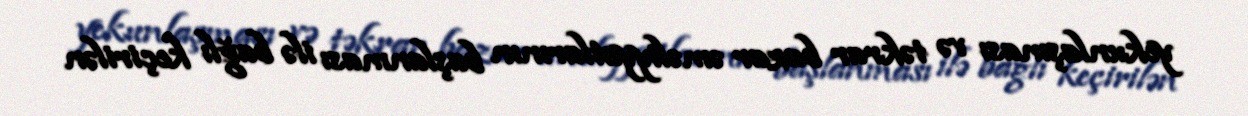
yekunlaşması və təkrar bazar əməliyyatlarının başlanması ilə bağlı keçirilən